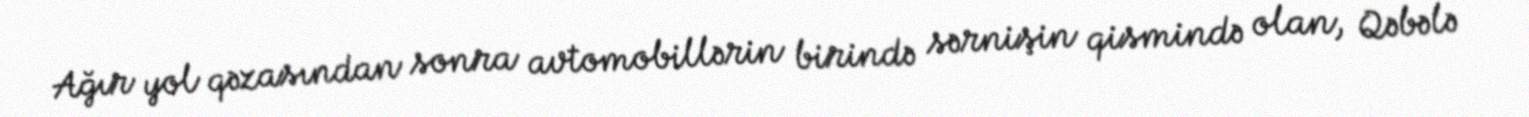
Ağır yol qəzasından sonra avtomobillərin birində sərnişin qismində olan, Qəbələ